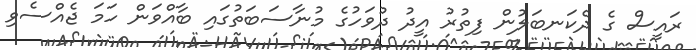
ރައީސް ގެ ދެކަނބަލުން ފިތުރު އީދު ދުވަހުގެ މުނާސަބަތުގައި ބާއްވަން ހަމަ ޖެއްސެވި